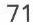
71